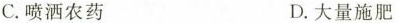
C.喷洒农药 D.大量施肥